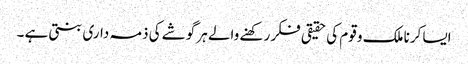
ایسا کرنا ملک و قوم کی حقیقی فکر رکھنے والے ہر گوشے کی ذمہ داری بنتی ہے ۔